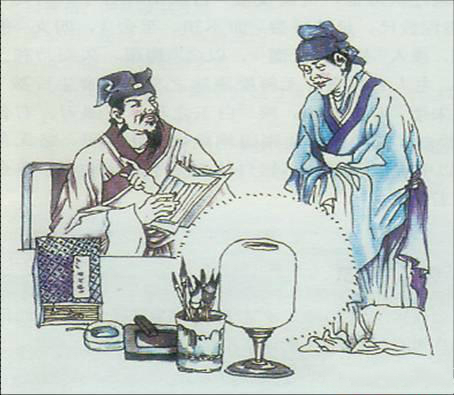
丧礼者，以生者饰死者也，大象其生以送其死也。故事死如生，事亡如存，终始一也。